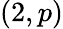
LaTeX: (2,p)